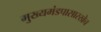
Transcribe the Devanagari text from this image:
मुख्यमंडपासारखेच